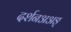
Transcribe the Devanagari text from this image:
दर्शनअअङ्